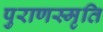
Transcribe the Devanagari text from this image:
पुराणस्मृति